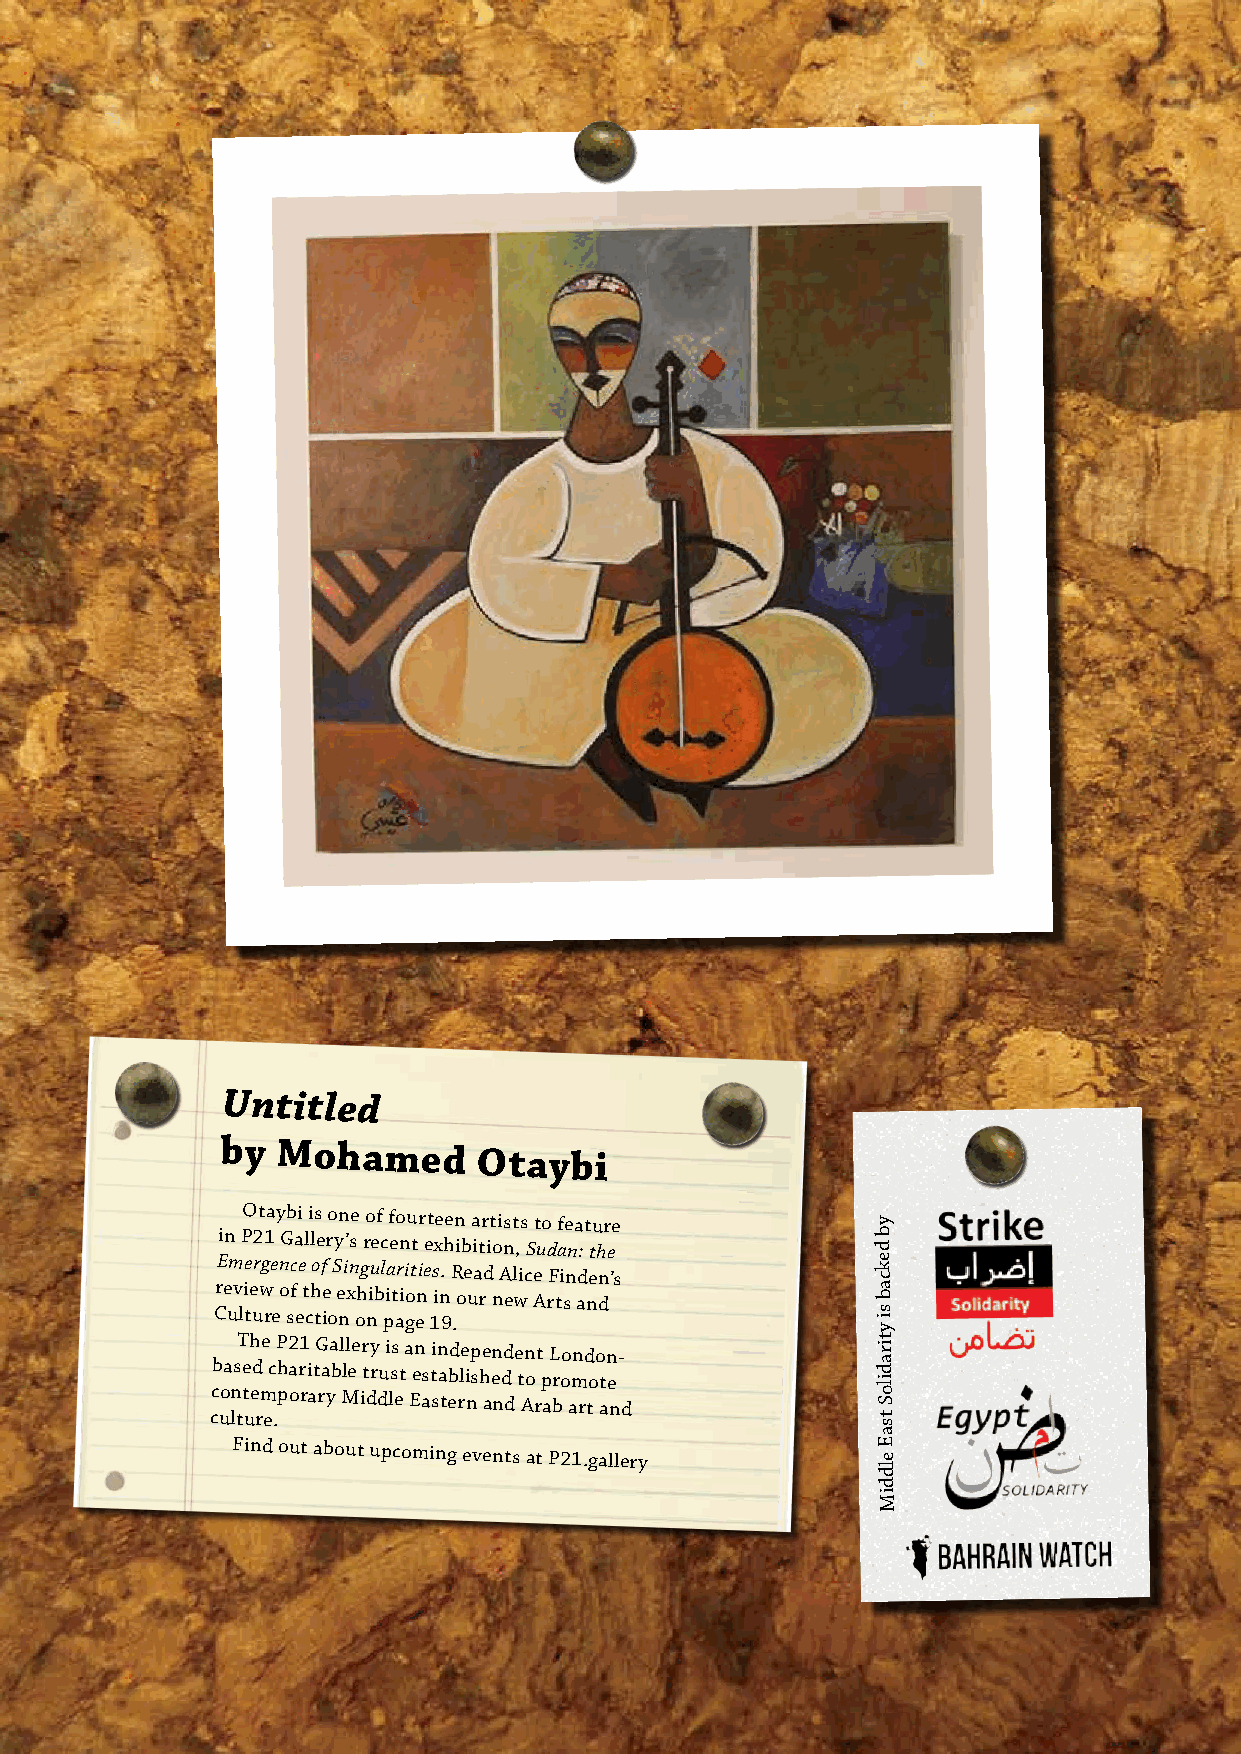
Untitled
 by Mohamed
 Otaybi
 Otaybi is one of fourteen artists to feature y
 in P21 Gallery’s recent exhibition, Sudan: the b d
 Emergence of Singularities. Read Alice Finden’s e k c
 Cre uv li te uw
 re
 o sf
 e
 t ch tie
 o
 e nx oh nib pit ai go en 1in
 9
 .o ur new Arts and          a b
 s i
 y
 ccb uoa lns tT e
 t
 uh ed rme ec .P h p2 a or1 ri
 a
 tG ra ya b l Mll ee ir t dy r du i lss et a Een as t sin a tebd rle i np s he aen ndd
 d
 e t An o
 r
 t p
 a
 L broo amn rd to o t an e
 n
 -
 d
 t ir a d ilo
 S
 t
 s
 a
 Find out about upcoming events at P21.gallery E e
 ld
 d
 iM
 2